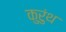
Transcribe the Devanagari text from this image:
कुरुंथ